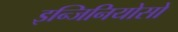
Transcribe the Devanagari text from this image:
इन्जिनियोसो